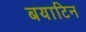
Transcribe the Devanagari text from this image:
बयाटिन